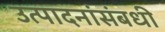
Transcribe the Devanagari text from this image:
उत्पादनांसंबधी